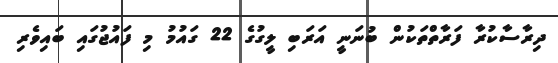
ދިރާސާކުރާ ފަރާތްތަކުން ބުނަނީ އަރަބި ލީގުގެ 22 ގައުމު މި ފައުޖުގައި ބައިވެރި